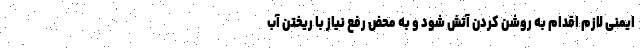
ایمنی لازم اقدام به روشن کردن آتش شود و به محض رفع نیاز با ریختن آب